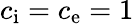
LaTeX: c_{\mathrm{i}}=c_{\mathrm{e}}=1